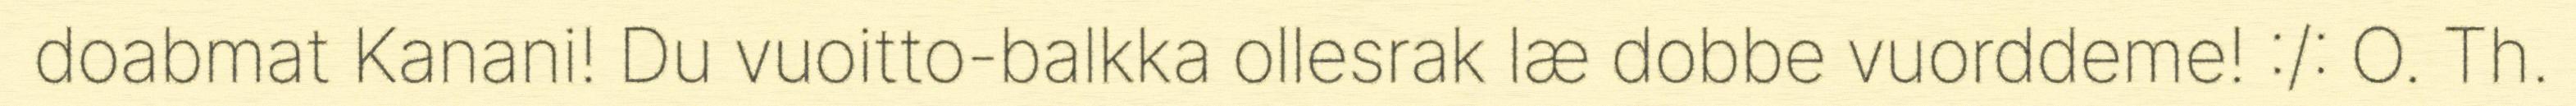
doabmat Kanani! Du vuoitto-balkka ollesrak læ dobbe vuorddeme! :/: O. Th.